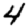
Digit: 4